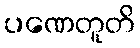
ပဏေတူတိ